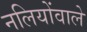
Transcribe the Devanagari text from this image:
नलियोंवाले